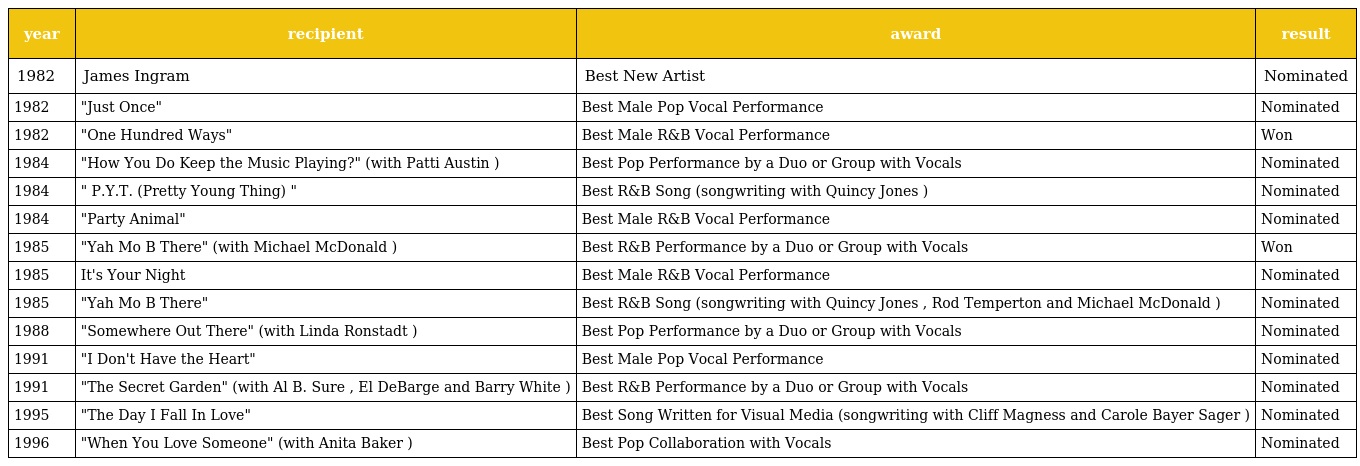
| year | recipient | award | result |
 | --- | --- | --- | --- |
 | 1982 | James Ingram | Best New Artist | Nominated |
 | 1982 | "Just Once" | Best Male Pop Vocal Performance | Nominated |
 | 1982 | "One Hundred Ways" | Best Male R&B Vocal Performance | Won |
 | 1984 | "How You Do Keep the Music Playing?" (with Patti Austin ) | Best Pop Performance by a Duo or Group with Vocals | Nominated |
 | 1984 | " P.Y.T. (Pretty Young Thing) " | Best R&B Song (songwriting with Quincy Jones ) | Nominated |
 | 1984 | "Party Animal" | Best Male R&B Vocal Performance | Nominated |
 | 1985 | "Yah Mo B There" (with Michael McDonald ) | Best R&B Performance by a Duo or Group with Vocals | Won |
 | 1985 | It's Your Night | Best Male R&B Vocal Performance | Nominated |
 | 1985 | "Yah Mo B There" | Best R&B Song (songwriting with Quincy Jones , Rod Temperton and Michael McDonald ) | Nominated |
 | 1988 | "Somewhere Out There" (with Linda Ronstadt ) | Best Pop Performance by a Duo or Group with Vocals | Nominated |
 | 1991 | "I Don't Have the Heart" | Best Male Pop Vocal Performance | Nominated |
 | 1991 | "The Secret Garden" (with Al B. Sure , El DeBarge and Barry White ) | Best R&B Performance by a Duo or Group with Vocals | Nominated |
 | 1995 | "The Day I Fall In Love" | Best Song Written for Visual Media (songwriting with Cliff Magness and Carole Bayer Sager ) | Nominated |
 | 1996 | "When You Love Someone" (with Anita Baker ) | Best Pop Collaboration with Vocals | Nominated |